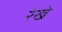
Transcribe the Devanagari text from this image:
रेखे